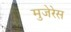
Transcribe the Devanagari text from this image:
मुजेरेस